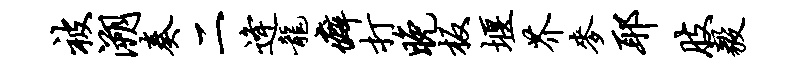
被溯奏二逄龙癖打晚板堰芥麦耶肢毅